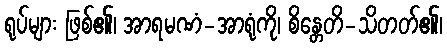
ရုပ်များ ဖြစ်၏၊ အာရမဏံ-အာရုံကို၊ စိန္တေတိ-သိတတ်၏၊